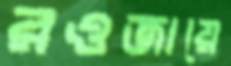
রওজায়ে